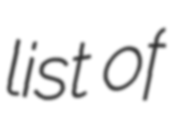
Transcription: list of